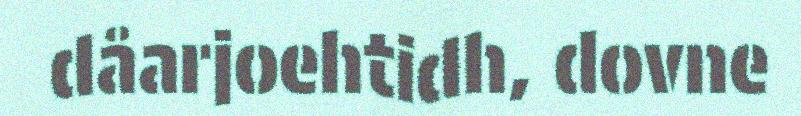
dåarjoehtidh, dovne